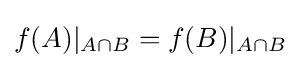
f(A)|_{A\cap B}=f(B)|_{A\cap B}